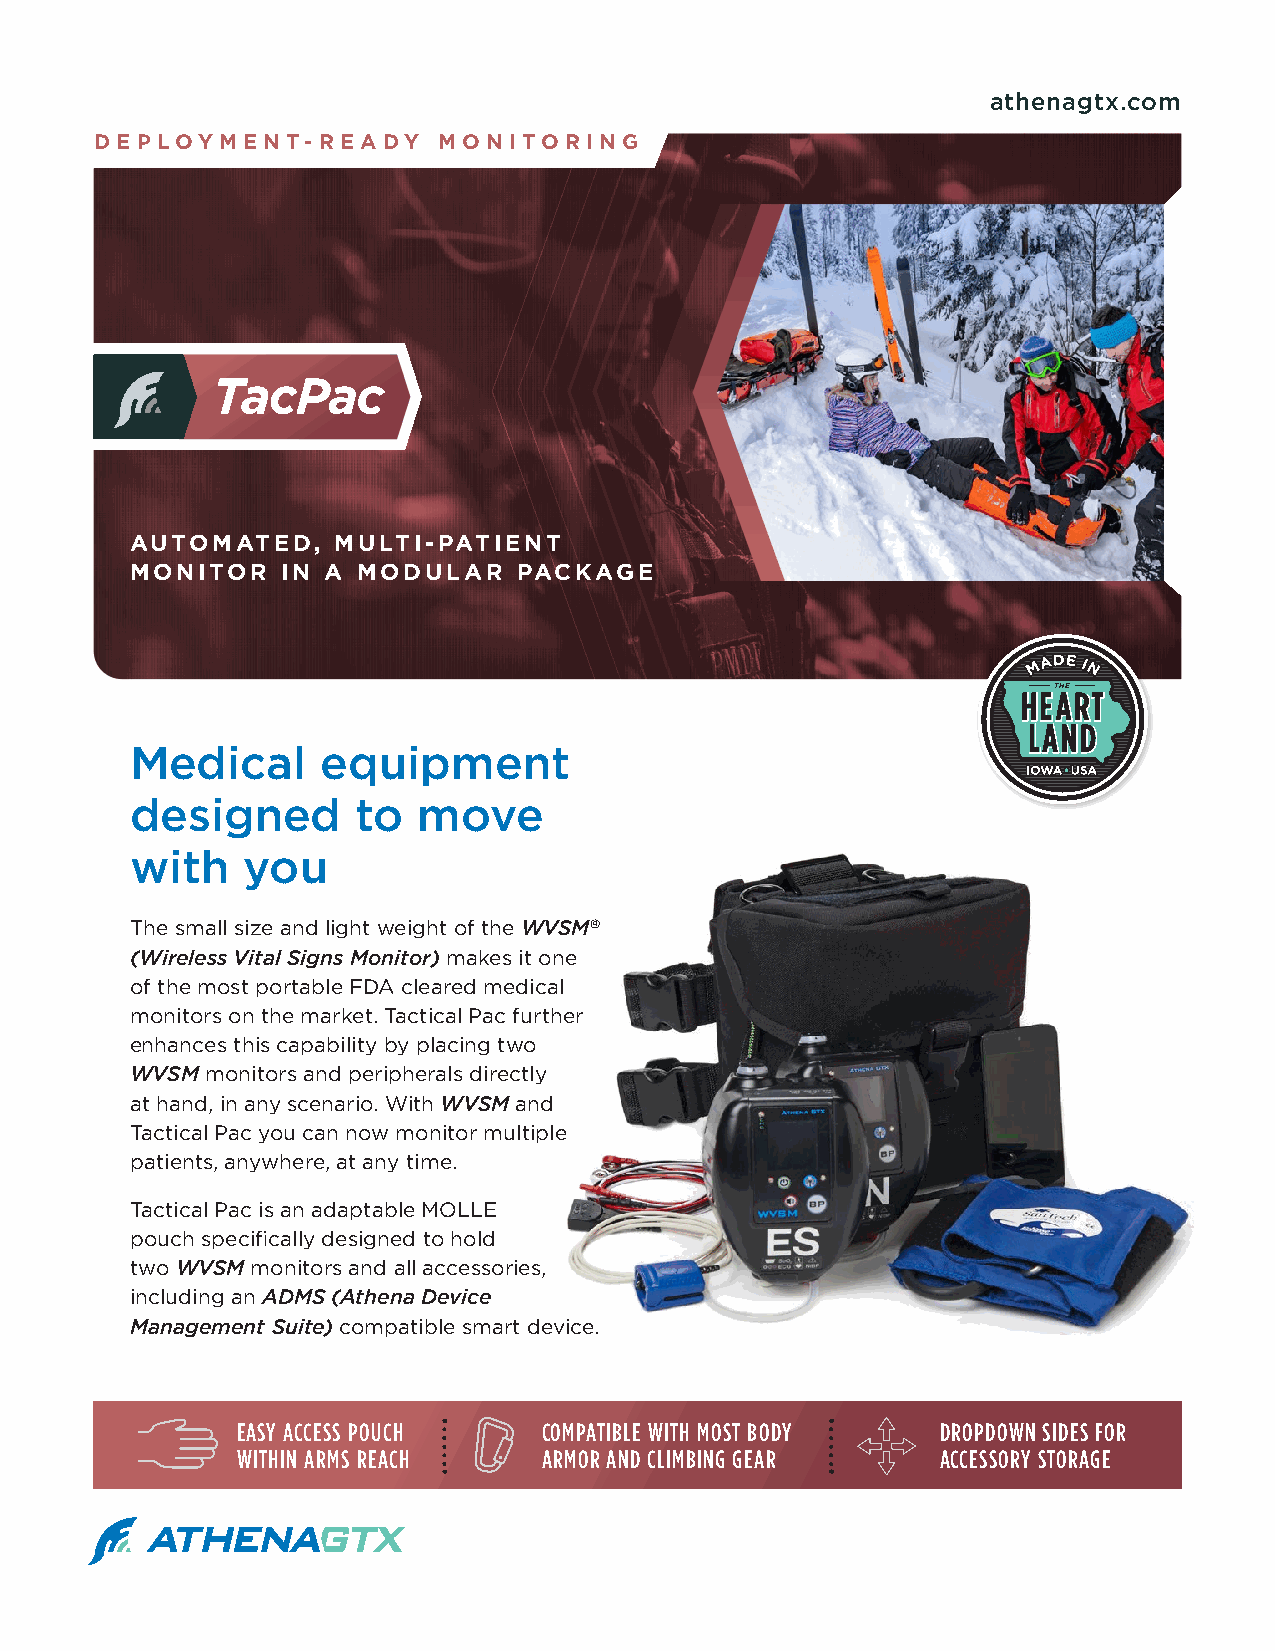
athenagtx.com
 DEPLOYMENT-R     E ADY MONITO  RING
 AUTOMATED,   MULTI-PATIENT
 MONITOR   IN A MODULAR   PACKAGE
 Medical     equipment
 designed       to  move
 with   you
 The small size and light weight of the WVSM®
 (Wireless Vital Signs Monitor) makes it one
 of the most portable FDA cleared medical
 monitors on the market. Tactical Pac further
 enhances this capability by placing two
 WVSM monitors and peripherals directly
 at hand, in any scenario. With WVSM and
 Tactical Pac you can now monitor multiple
 patients, anywhere, at any time.
 Tactical Pac is an adaptable MOLLE
 pouch specifically designed to hold
 two WVSM monitors and all accessories,
 including an ADMS (Athena Device
 Management Suite) compatible smart device.
 EASY ACCESS POUCH   COMPATIBLE WITH MOST BODY DROPDOWN SIDES FOR
 WITHIN ARMS REACH   ARMOR AND CLIMBING GEAR   ACCESSORY STORAGE